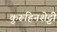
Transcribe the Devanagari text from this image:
कुरूहिनशेट्टी